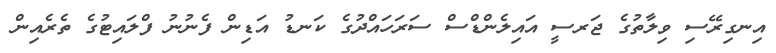
އިނގިރޭސި ވިލާތުގެ ޖަރސީ އައިލެންޑްސް ސަރަހައްދުގެ ކަނޑު އަޑިން ފެނުނު ފްލައިޓުގެ ތެރެއިން